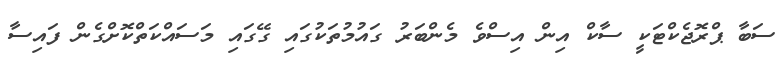
ސަބާ ޕްރޮޖެކްޓަކީ ސާކް އިން އިސްވެ މެންބަރު ގައުމުތަކުގައި ގޭގައި މަސައްކަތްކޮށްގެން ފައިސާ